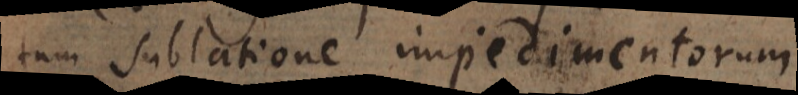
tum sublatione impedimentorum.